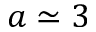
a \simeq 3